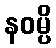
နဝမ္ပိ